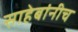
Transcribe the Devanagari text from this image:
साहेबांनीच